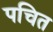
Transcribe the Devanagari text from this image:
पचित